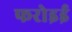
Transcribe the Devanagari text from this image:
फरोइई